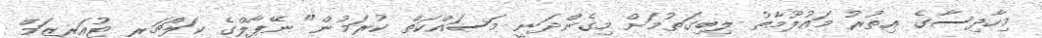
މިހާދިސާގެ އިތުރު މައުލޫމާތު ލިބިގަތުމަށް މިގެންދަނީ މަސައްކަތް ކުރަމުން" ނޭޕާލްގެ ކަލްޗަރ ޓުއަރިޒަމް